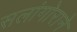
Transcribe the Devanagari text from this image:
सलांगोराने